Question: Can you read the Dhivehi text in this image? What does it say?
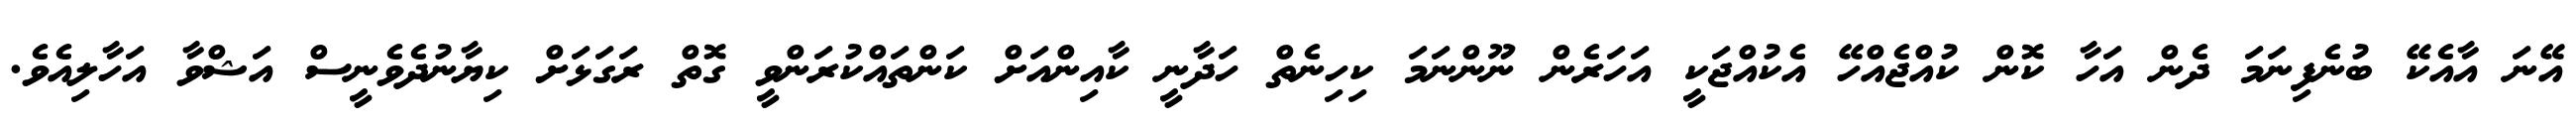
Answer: އޭނަ އާއެކޭ ބުނެފިނަމަ ދެން އަހާ ކޮން ކުއްޖެއްހޭ އެކުއްޖަކީ އަހަރެން ނޫންނަމަ ކިހިނެތް ހަދާނީ ކާއިންއަށް ކަންތައްކުރަންވީ ގޮތް ރަގަޅަށް ކިޔާނުދެވެނީސް އަޝްވާ އަހާލިއެވެ.